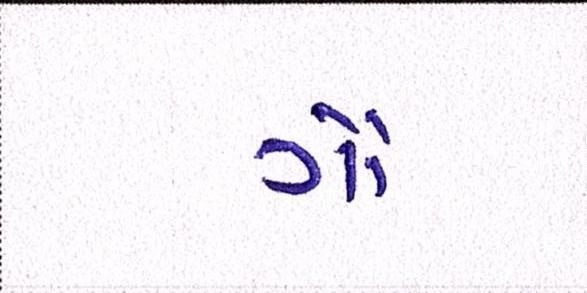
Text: ગૌ